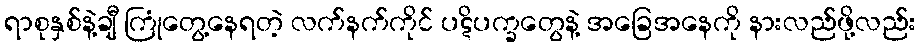
ရာစုနှစ်နဲ့ချီ ကြုံတွေ့နေရတဲ့ လက်နက်ကိုင် ပဋိပက္ခတွေနဲ့ အခြေအနေကို နားလည်ဖို့လည်း